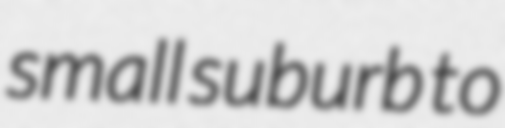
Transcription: small suburb to